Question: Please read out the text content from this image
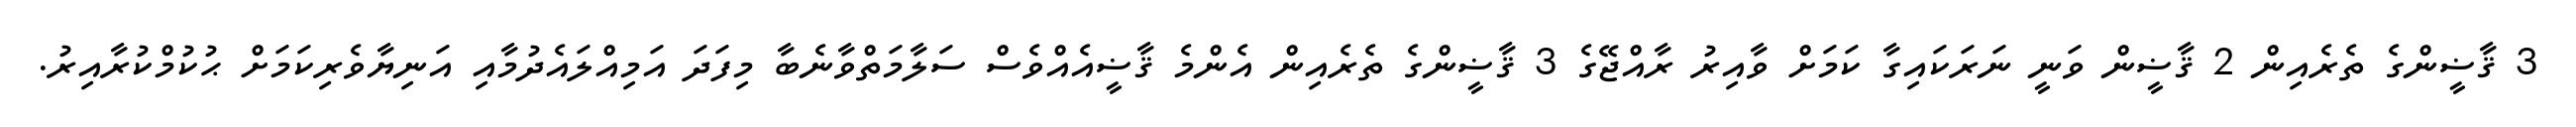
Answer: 3 ޤާޟީންގެ ތެރެއިން 2 ޤާޟީން ވަނީ ނަރަކައިގާ ކަމަށް ވާއިރު ރާއްޖޭގެ 3 ޤާޟީންގެ ތެރެއިން އެންމެ ޤާޟީއެއްވެސް ސަލާމަތްވާނެބާ މިފަދަ އަމިއްލައެދުމާއި އަނިޔާވެރިކަމަށް ޙުކުމްކުރާއިރު.